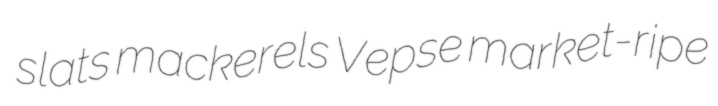
slats mackerels Vepse market-ripe